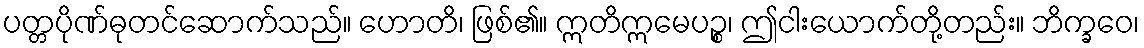
ပတ္တပိုဏ်ဓုတင်ဆောက်သည်။ ဟောတိ၊ ဖြစ်၏။ ဣတိဣမေပဉ္စ၊ ဤငါးယောက်တို့တည်း။ ဘိက္ခဝေ၊